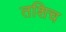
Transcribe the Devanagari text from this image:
तशिच